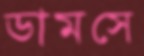
ডামসে